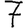
Digit: 7